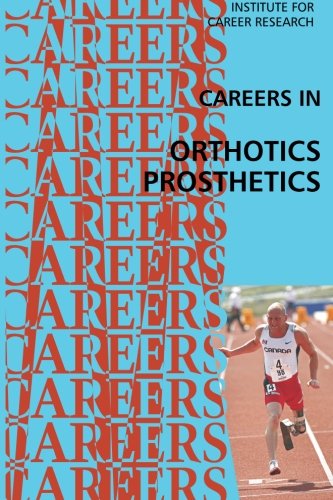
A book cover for Careers in Orthotics-Prosthetics; Institute For Career Research; Medical Books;